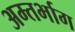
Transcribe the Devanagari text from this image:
अम्तर्भाग